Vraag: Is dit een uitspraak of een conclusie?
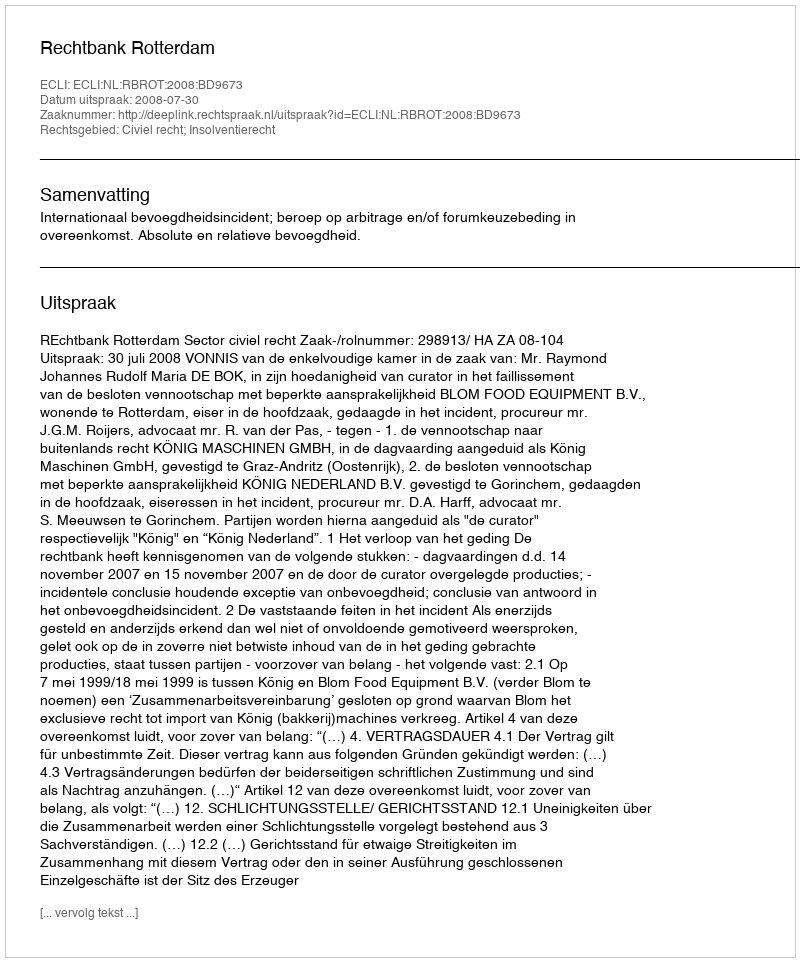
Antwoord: Uitspraak